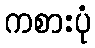
ကစားပုံ